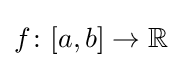
f\colon [a,b]\to \mathbb {R}